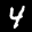
Label: 4